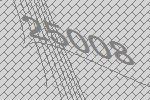
25008